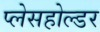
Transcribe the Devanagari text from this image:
प्लेसहोल्डर